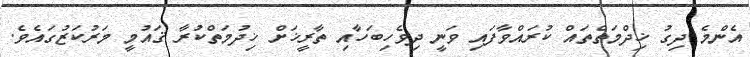
އެންމެ ދިގު ޚިދްމަތްތައް ކުރައްވާފައި ވަނީ ދިވެހިބަހާއި ތާރީޚަށް ޚިދުމަތްކުރާ ޤައުމީ މަރުކަޒުގައެވެ.